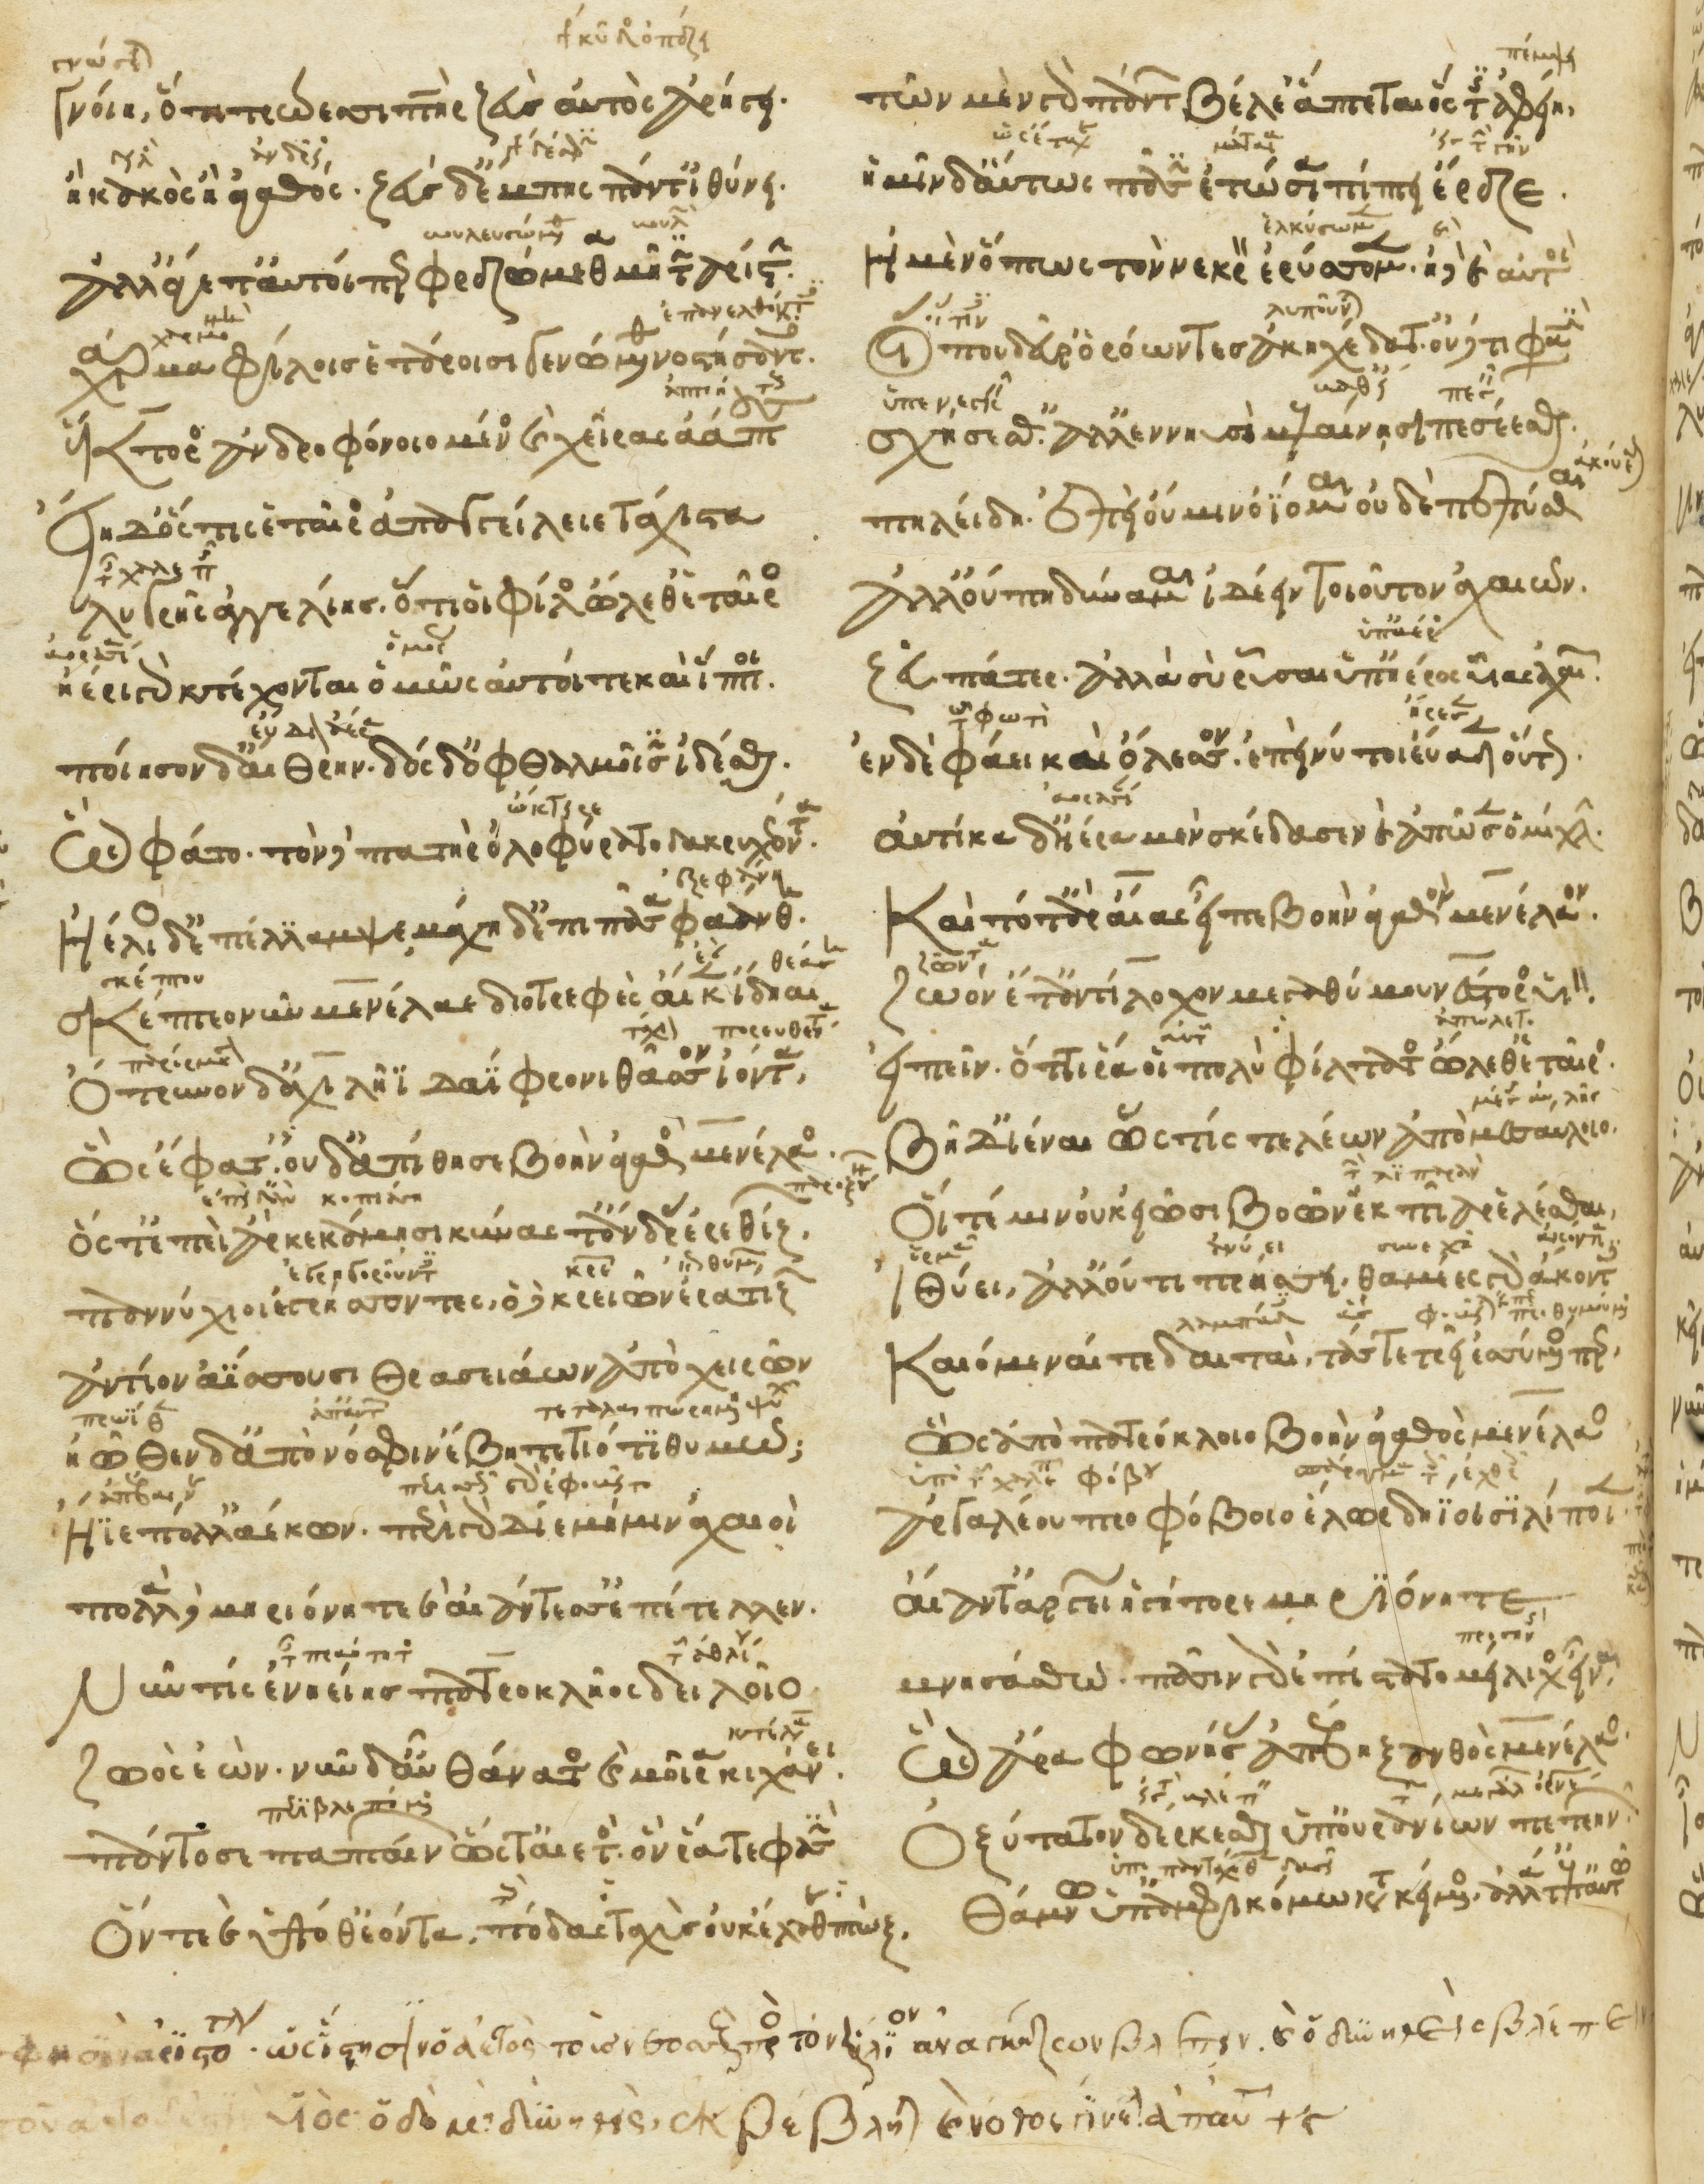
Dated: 1266–1299